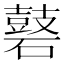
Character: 𪔑